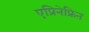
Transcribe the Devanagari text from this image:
एप्रिनेफ्रिन